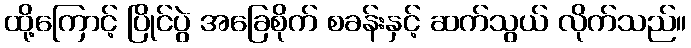
ထို့ကြောင့် ပြိုင်ပွဲ အခြေစိုက် စခန်းနှင့် ဆက်သွယ် လိုက်သည်။